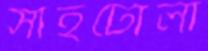
সাইটোলা